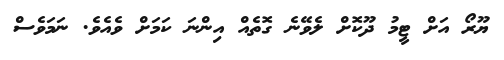
ޔޫރޯ އަށް ޓީމު ދޫކޮށް ލެވޭނެ ގޮތެއް އިންނަ ކަމަށް ވެއެވެ. ނަމަވެސް